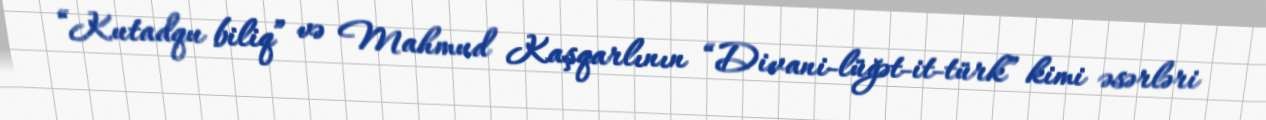
“Kutadqu biliq” və Mahmud Kaşqarlının “Divani-lüğət-it-türk” kimi əsərləri